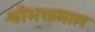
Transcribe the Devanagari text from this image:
श्रीभक्तमाल